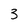
Character: 3